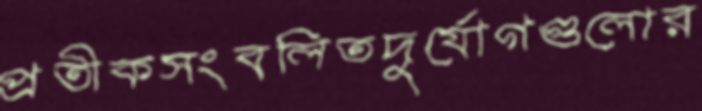
প্রতীকসংবলিতদুর্যোগগুলোর